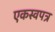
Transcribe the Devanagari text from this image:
एकस्वपत्र